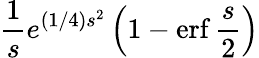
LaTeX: {\frac{1}{s}}e^{(1/4)s^{2}}\left(1-\operatorname{erf}{\frac{s}{2}}\right)